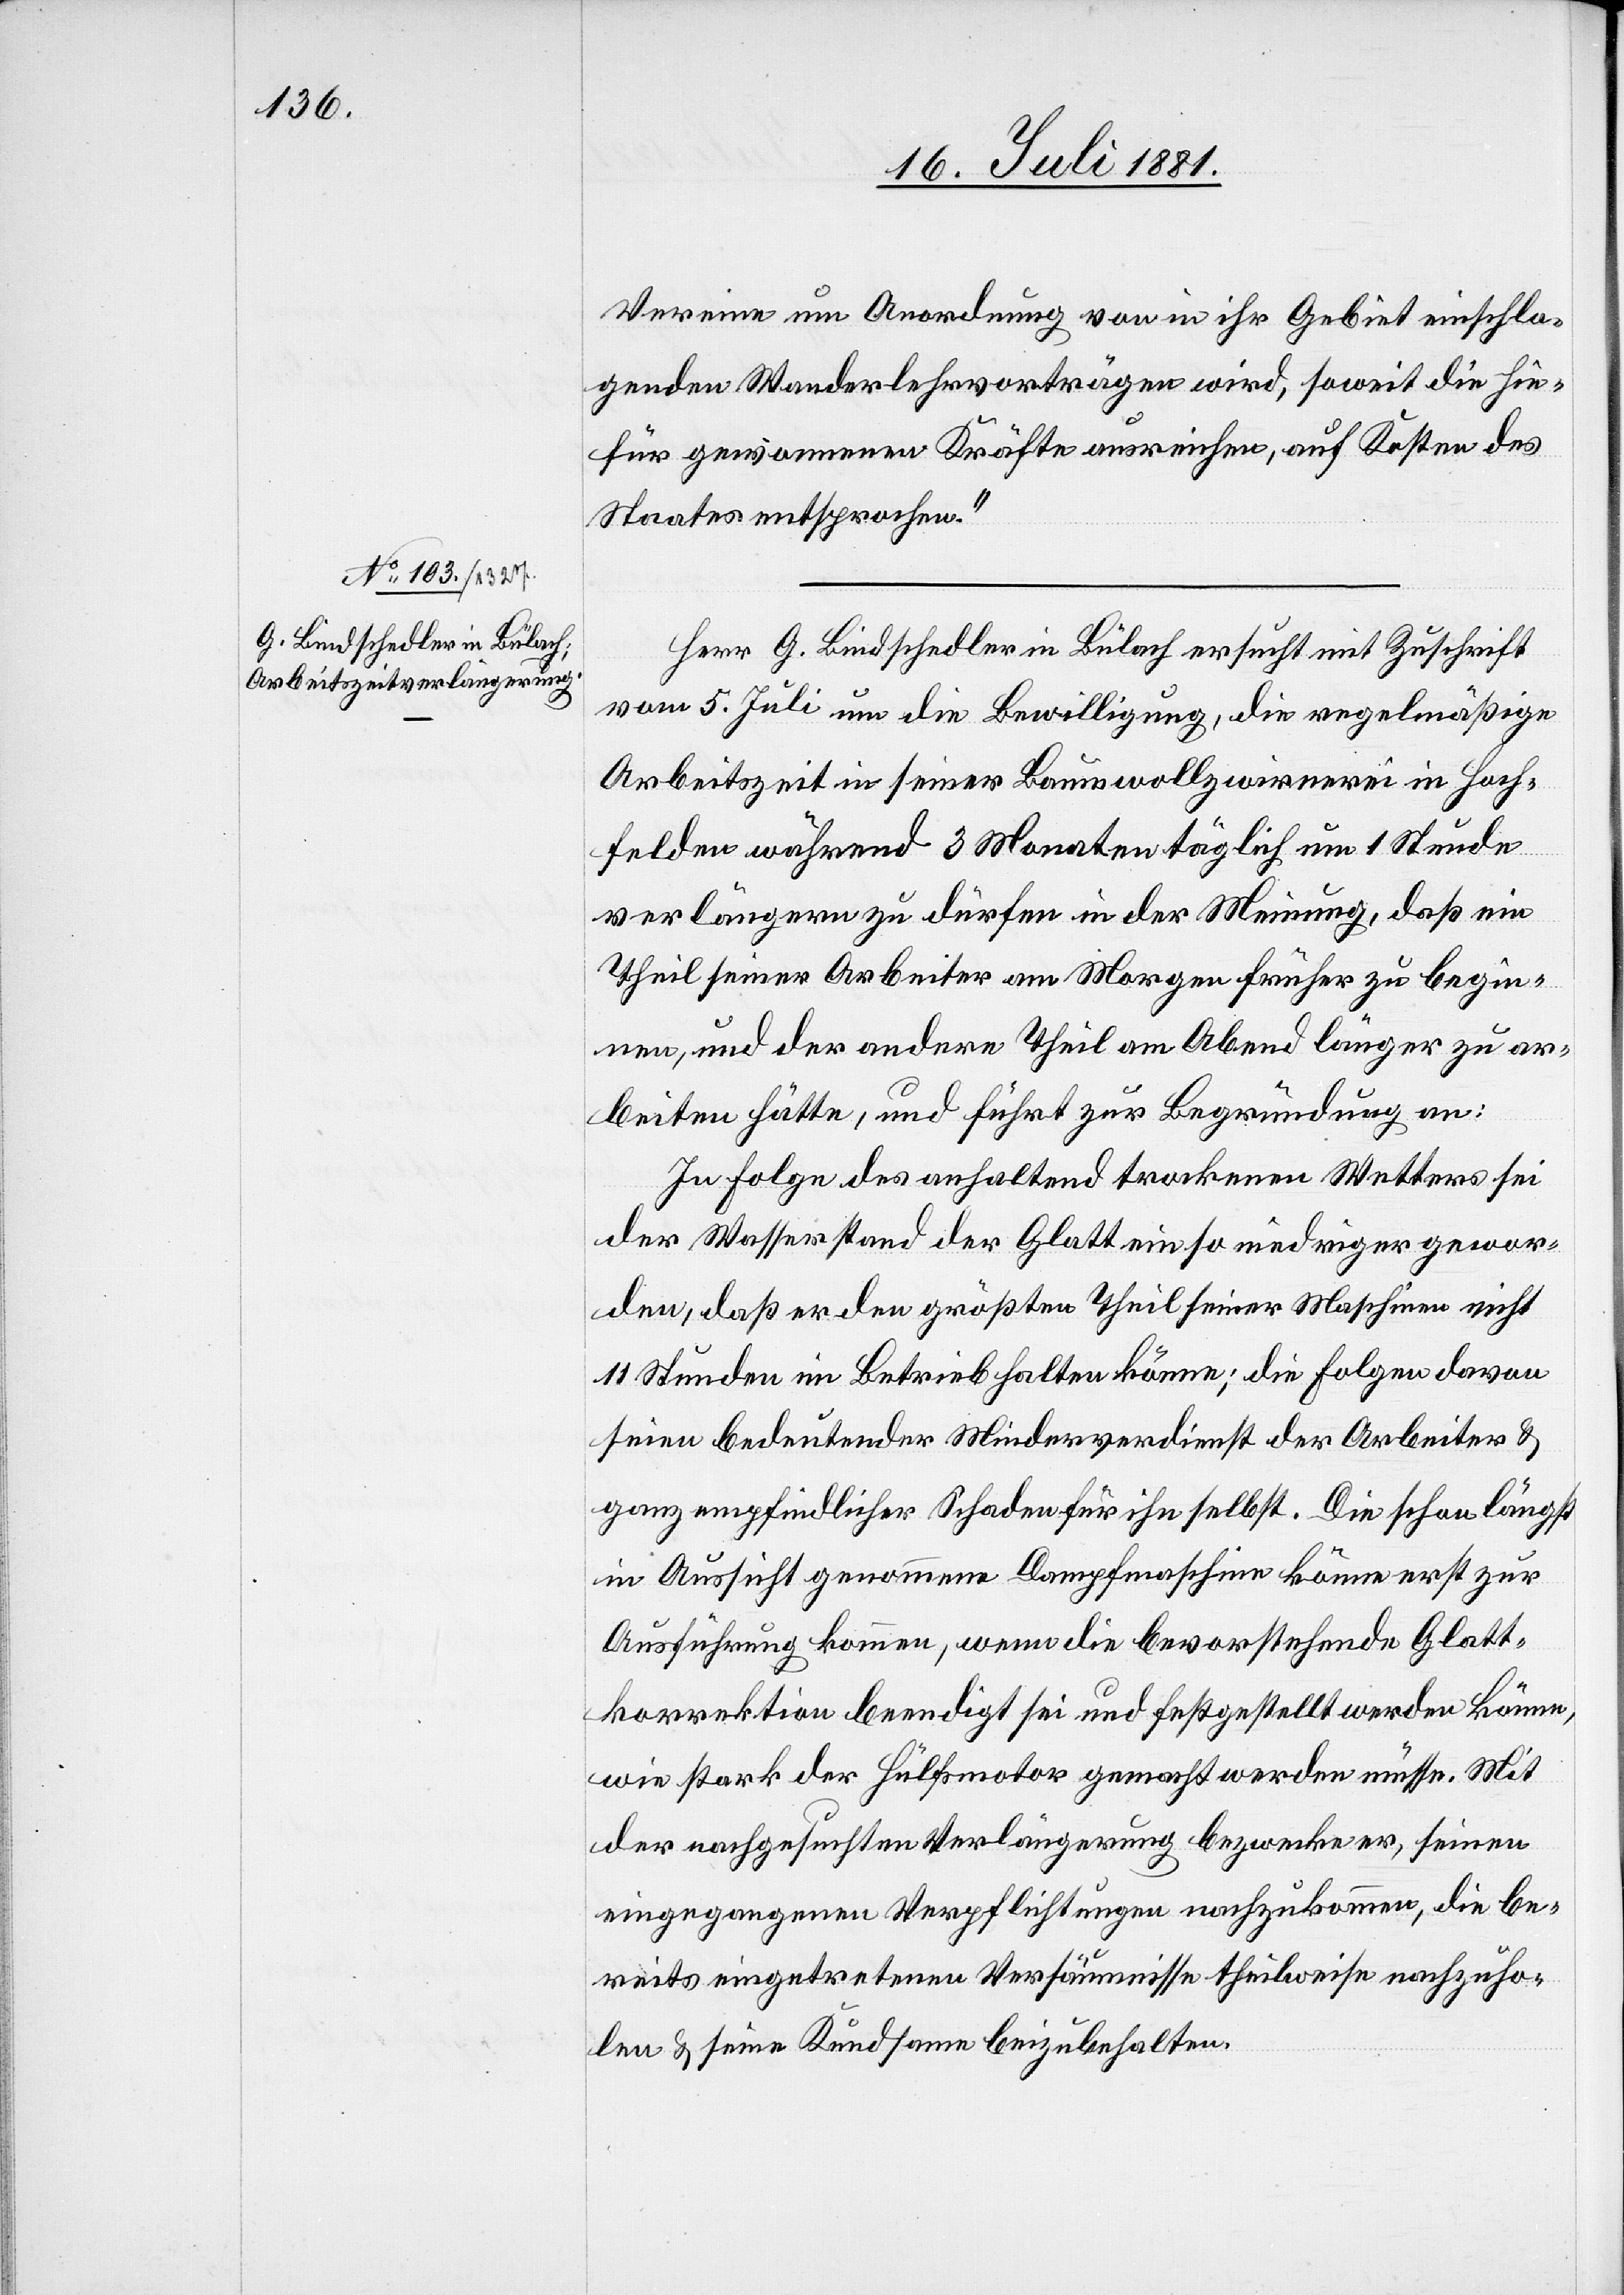
Vereine um Anordnung von in ihr Gebiet einschla¬
genden Wanderlehrvorträgen wird, soweit die hie¬
für gewonnenen Kräfte ausreichen, auf Kosten des
Staates entsprochen.“
Herr G. Bindschedler in Bülach ersucht mit Zuschrift
vom 5. Juli um die Bewilligung, die regelmäßige
Arbeitszeit in seiner Baumwollzwirnerei in Hoch¬
felden während 3 Monaten täglich um 1 Stunde
verlängern zu dürfen in der Meinung, daß ein
Theil seiner Arbeiter am Morgen früher zu begin¬
nen, und der andere Theil am Abend länger zu ar¬
beiten hätte, und führt zur Begründung an:
In Folge des anhaltend trockenen Wetters sei
der Wasserstand der Glatt ein so niedriger gewor¬
den, daß er den größten Theil seiner Maschinen nicht
11 Stunden in Betrieb halten könne; die Folgen davon
seien bedeutender [sic!] Minderverdienste der Arbeiter &
ganz empfindlicher Schaden für ihn selbst. Die schon längst
in Aussicht genommene Dampfmaschine könne erst zur
Ausführung kommen, wenn die bevorstehende Glatt¬
korrektion beendigt sei und festgestellt werden könne,
wie stark der Hülfsmotor gemacht werden müsse. Mit
der nachgesuchten Verlängerung bezwecke er, seinen
eingegangenen Verpflichtungen nachzukommen, die be¬
reits eingetretenen Versäumnisse theilweise nachzuho¬
len & seine Kundsame beizubehalten.